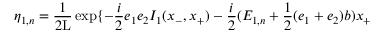
{ \eta } _ { 1 , n } = \frac { 1 } { 2 \mathrm { L } } \exp \{ - \frac { i } { 2 } e _ { 1 } e _ { 2 } I _ { 1 } ( x _ { - } , x _ { + } ) - \frac { i } { 2 } ( E _ { 1 , n } + \frac { 1 } { 2 } ( e _ { 1 } + e _ { 2 } ) b ) x _ { + }